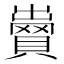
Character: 𧷵